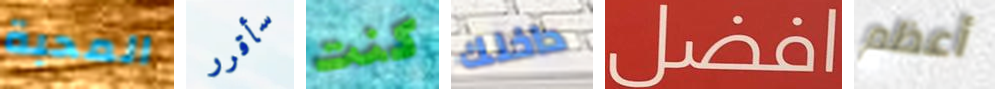
المحبة سأقرر كنت داخلك افضل أعظم